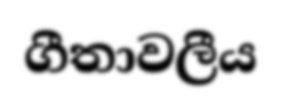
ගීතාවලීය